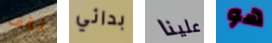
نقف بدائي علينا هو